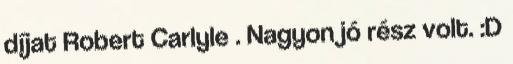
díjat Robert Carlyle . Nagyon jó rész volt. :D